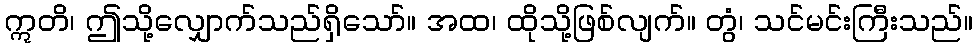
ဣတိ၊ ဤသို့လျှောက်သည်ရှိသော်။ အထ၊ ထိုသို့ဖြစ်လျက်။ တွံ၊ သင်မင်းကြီးသည်။